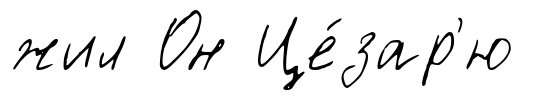
жил Он Це́зар'ю